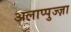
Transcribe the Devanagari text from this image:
अलाप्पुज्ज़ा